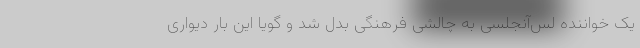
یک خواننده لس‌آنجلسی به چالشی فرهنگی بدل شد و گویا این بار دیواری